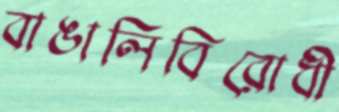
বাঙালিবিরোধী